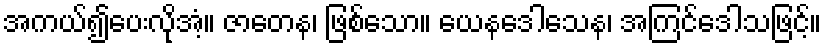
အကယ်၍ပေးလိုအံ့။ ဇာတေန၊ ဖြစ်သော။ ယေနဒေါသေန၊ အကြင်ဒေါသဖြင့်။